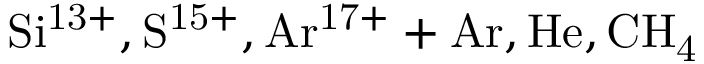
\mathrm { S i ^ { 1 3 + } , S ^ { 1 5 + } , A r ^ { 1 7 + } + A r , H e , C H _ { 4 } }